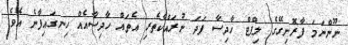
ނޫންނަމަ ފާރޮށިގޭގެ ލިފްޓް ހާދިސާ ފަދަ ނުރައްކާތެރި އެތައް ހާދިސާއެއް ހިނގައިފާނެ އެވެ.